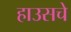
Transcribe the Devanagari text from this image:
हाउसचे